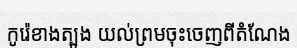
កូរ៉េខាងត្បូង យល់ព្រមចុះចេញពីតំណែង